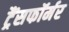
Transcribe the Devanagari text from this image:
ट्रैंसफॉर्मर